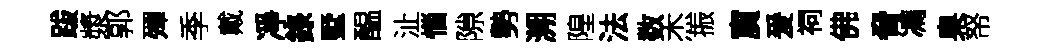
跋漿郭殫季戴凈錄墅醖沚惱隙勢溯隍法数杰振賔爰祠佛脅馮臬帑